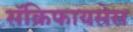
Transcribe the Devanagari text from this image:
सॅक्रिफायसेस